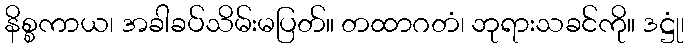
နိစ္စကာယ၊ အခါခပ်သိမ်းမပြတ်။ တထာဂတံ၊ ဘုရားသခင်ကို။ ဒဋ္ဌုံ၊